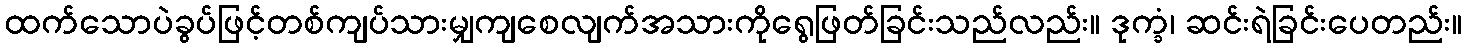
ထက်သောပဲခွပ်ဖြင့်တစ်ကျပ်သားမျှကျစေလျက်အသားကိုရွေဖြတ်ခြင်းသည်လည်း။ ဒုက္ခံ၊ ဆင်းရဲခြင်းပေတည်း။